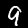
Digit: 9